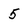
Character: 5